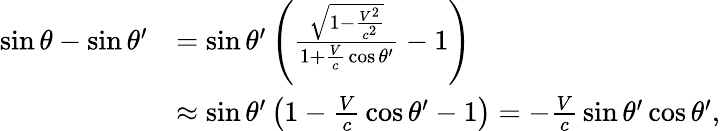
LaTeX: {\begin{array}{rl}{\sin\theta-\sin\theta^{\prime}}&{=\sin\theta^{\prime}\left({\frac{\sqrt{1-{\frac{V^{2}}{c^{2}}}}}{1+{\frac{V}{c}}\cos\theta^{\prime}}}-1\right)}\\ &{\approx\sin\theta^{\prime}\left(1-{\frac{V}{c}}\cos\theta^{\prime}-1\right)=-{\frac{V}{c}}\sin\theta^{\prime}\cos\theta^{\prime},}\end{array}}